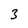
Character: 3